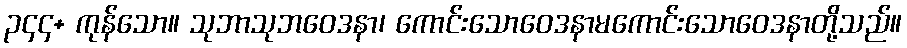
၃၄၄+ ကုန်သော။ သုဘာသုဘဝေဒနာ၊ ကောင်းသောဝေဒနာမကောင်းသောဝေဒနာတို့သည်။